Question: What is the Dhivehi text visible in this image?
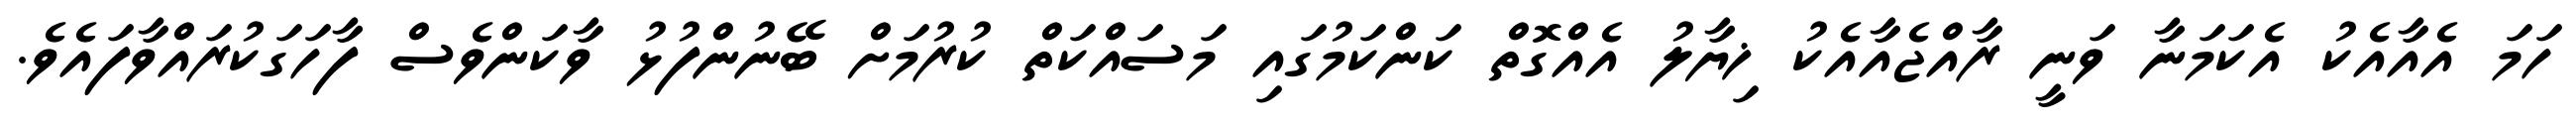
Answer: ހަމަ އެއާއެކު އެކަމަނާ ވަނީ ރާއްޖެއާއެކު ޚިޔާލު އެއްގޮތް ކަންކަމުގައި މަސައްކަތް ކުރުމަށް ބޭނުންފުޅު ވާކަންވެސް ފާހަގަކުރައްވާފައެވެ.